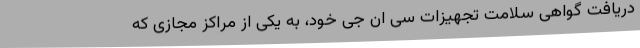
دریافت گواهی سلامت تجهیزات سی ان جی خود، ‌به یکی از مراکز مجازی که